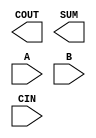
module sky130_fd_sc_lp__fa (
    COUT,
    SUM ,
    A   ,
    B   ,
    CIN
);

    output COUT;
    output SUM ;
    input  A   ;
    input  B   ;
    input  CIN ;

    // Voltage supply signals
    supply1 VPWR;
    supply0 VGND;
    supply1 VPB ;
    supply0 VNB ;

endmodule